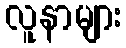
လူနာများ